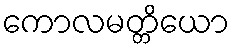
ကောလမတ္တိယော